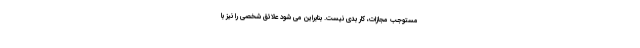
مستوجب مجازات، کار بدی نیست. بنابراین می شود علائق شخصی را نیز با